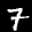
Label: 7